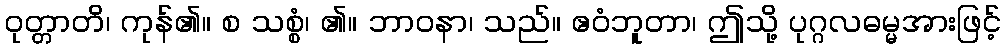
ဝုတ္တာတိ၊ ကုန်၏။ စ သစ္စံ၊ ၏။ ဘာဝနာ၊ သည်။ ဧဝံဘူတာ၊ ဤသို့ ပုဂ္ဂလဓမ္မအားဖြင့်